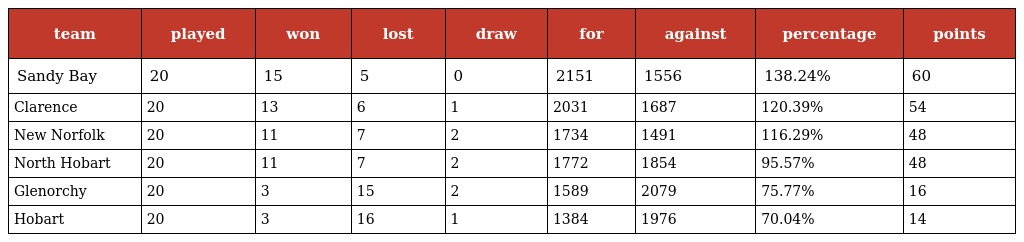
| team | played | won | lost | draw | for | against | percentage | points |
 | --- | --- | --- | --- | --- | --- | --- | --- | --- |
 | Sandy Bay | 20 | 15 | 5 | 0 | 2151 | 1556 | 138.24% | 60 |
 | Clarence | 20 | 13 | 6 | 1 | 2031 | 1687 | 120.39% | 54 |
 | New Norfolk | 20 | 11 | 7 | 2 | 1734 | 1491 | 116.29% | 48 |
 | North Hobart | 20 | 11 | 7 | 2 | 1772 | 1854 | 95.57% | 48 |
 | Glenorchy | 20 | 3 | 15 | 2 | 1589 | 2079 | 75.77% | 16 |
 | Hobart | 20 | 3 | 16 | 1 | 1384 | 1976 | 70.04% | 14 |